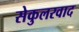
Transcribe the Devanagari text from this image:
सेकुलरवाद